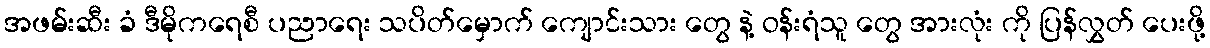
အဖမ်းဆီး ခံ ဒီမိုကရေစီ ပညာရေး သပိတ်မှောက် ကျောင်းသား တွေ နဲ့ ဝန်းရံသူ တွေ အားလုံး ကို ပြန်လွှတ် ပေးဖို့